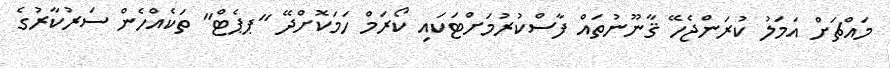
މައްޗަށް އަމަލު ކުރަންޖެހޭ ޤާނޫނުތައް ފާސްކުރުމަށްޓަކައި ކޯރަމް ހަމަކޮށްދޭ "ޕޕެޓް" ތަކެއްހެން ސަރުކާރުގެ